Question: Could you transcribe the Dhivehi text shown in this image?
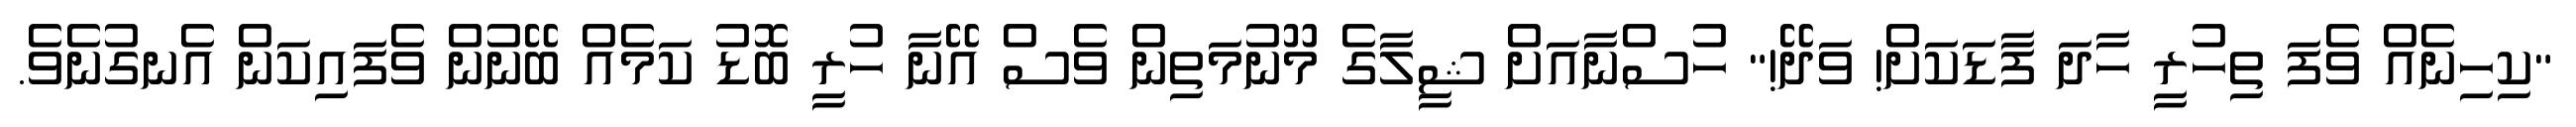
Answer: "ކިހިނެއް ވެފަ ތިހުރީ ހާދަ ފާޑަކަށް! ވަދޭ!" ހުސްނާއަށް ޝީލާގެ މޫނުމަތިން ވެސް އޭނާ ހުރީ ބޮޑު ކަމެއް ބޭނުން ވެފައިކަން އެނގުނެވެ.